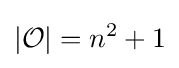
|{\mathcal {O}}|=n^{2}+1